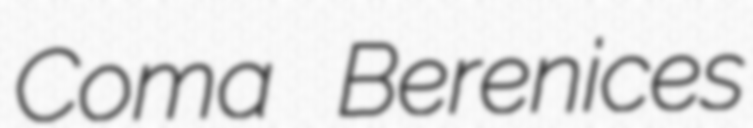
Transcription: Coma Berenices